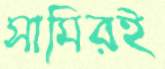
সামিরই